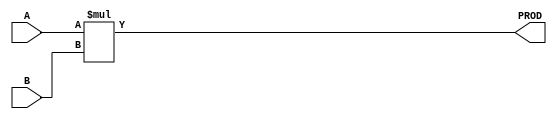
`timescale 1ns / 1ps
//////////////////////////////////////////////////////////////////////////////////
// Company: 
// Engineer: 
// 
// Design Name: 
// Module Name: MUL
// Project Name: 
// Target Devices: 
// Tool Versions: 
// Description: 
// 
// Dependencies: 
// 
// Revision:
// Revision 0.01 - File Created
// Additional Comments:
// 
//////////////////////////////////////////////////////////////////////////////////


module MUL #(parameter DATAWIDTH = 64)(A, B, PROD);
    input [DATAWIDTH-1:0]A,B;
    output reg [DATAWIDTH-1:0] PROD;
    
    always @(A,B)
    begin 
        PROD <= A*B;
    end
endmodule